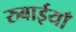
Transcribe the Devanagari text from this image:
रुबाईयाँ